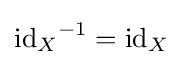
{\operatorname {id} _{X}}^{-1}=\operatorname {id} _{X}